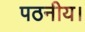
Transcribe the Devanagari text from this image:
पठनीय।